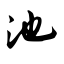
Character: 池